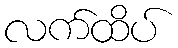
လက်ထိပ်